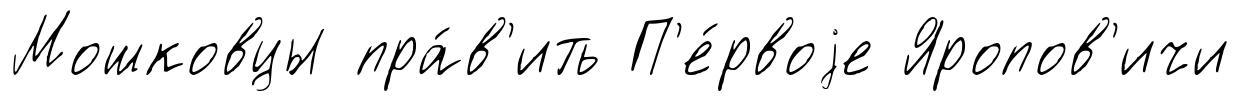
Мошковцы пра́в'ить П'е́рвоjе Яропов'ичи